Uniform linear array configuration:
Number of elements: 32
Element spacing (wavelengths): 1
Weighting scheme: blackman
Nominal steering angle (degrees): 15
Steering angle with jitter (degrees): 15.197
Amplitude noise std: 0.05
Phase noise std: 0.05

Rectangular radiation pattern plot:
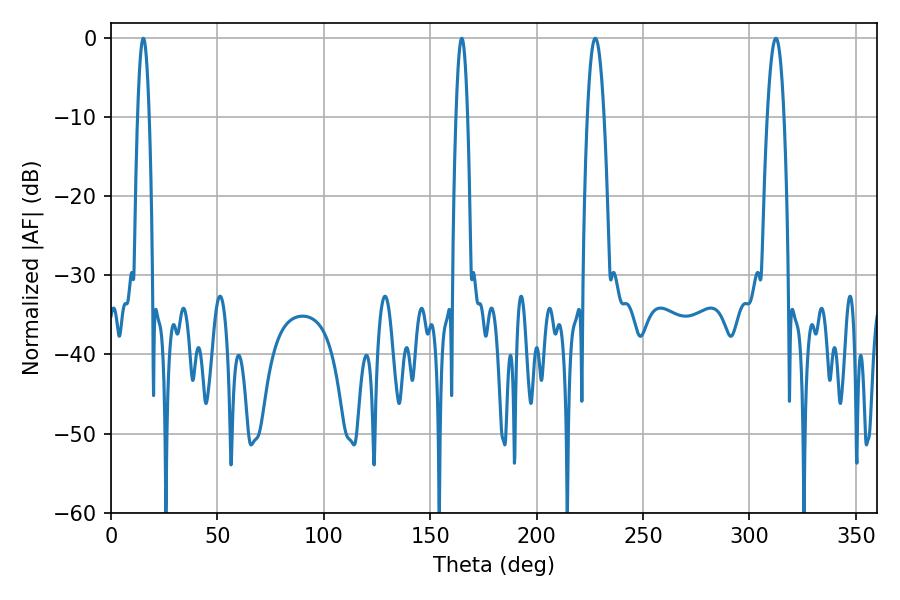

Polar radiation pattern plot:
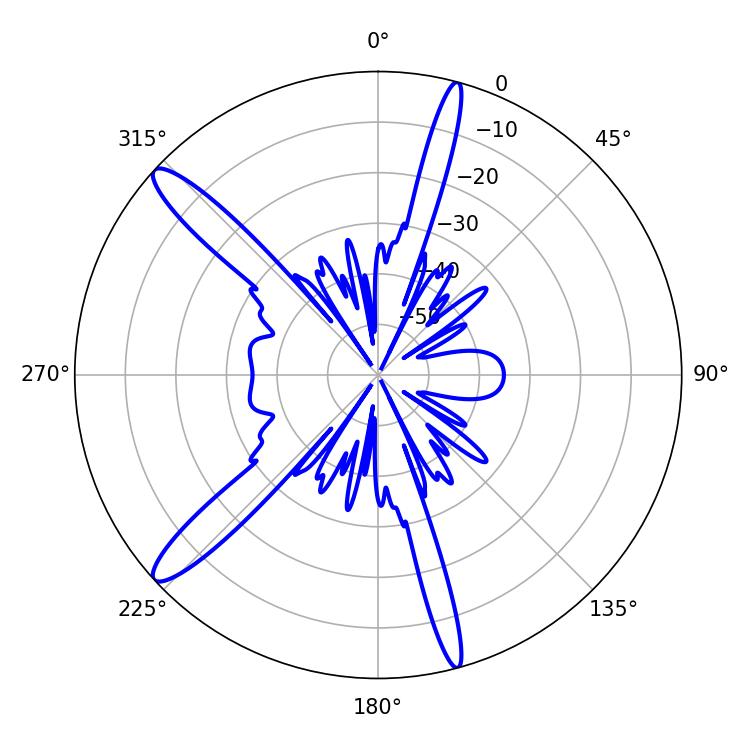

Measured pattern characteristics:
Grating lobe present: TRUE
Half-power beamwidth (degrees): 4.14
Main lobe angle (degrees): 227.52